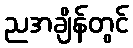
ညအချိန်တွင်